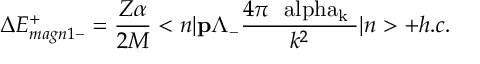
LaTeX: \Delta E _ { m a g n 1 - } ^ { + } = \frac { Z \alpha } { 2 M } < { n } | { \bf p } \Lambda _ { - } \frac { 4 \pi \mathrm { \boldmath ~ \ a l p h a _ { k } ~ } } { k ^ { 2 } } | { n } > + h . c .